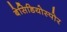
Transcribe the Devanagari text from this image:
बेसिडियोस्पोर